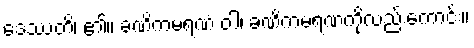
ဒေဿတိ၊ ၏။ ခဏိကမရဏံ ဝါ၊ ခဏိကမရဏကိုလည်းကောင်း။